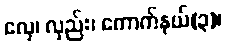
လှေ၊ လှည်း၊ ကောက်နယ်(၃)၊